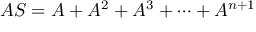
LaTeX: A S = A + A ^ { 2 } + A ^ { 3 } + \cdots + A ^ { n + 1 }